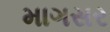
માગસર